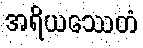
အရိယဿေတံ